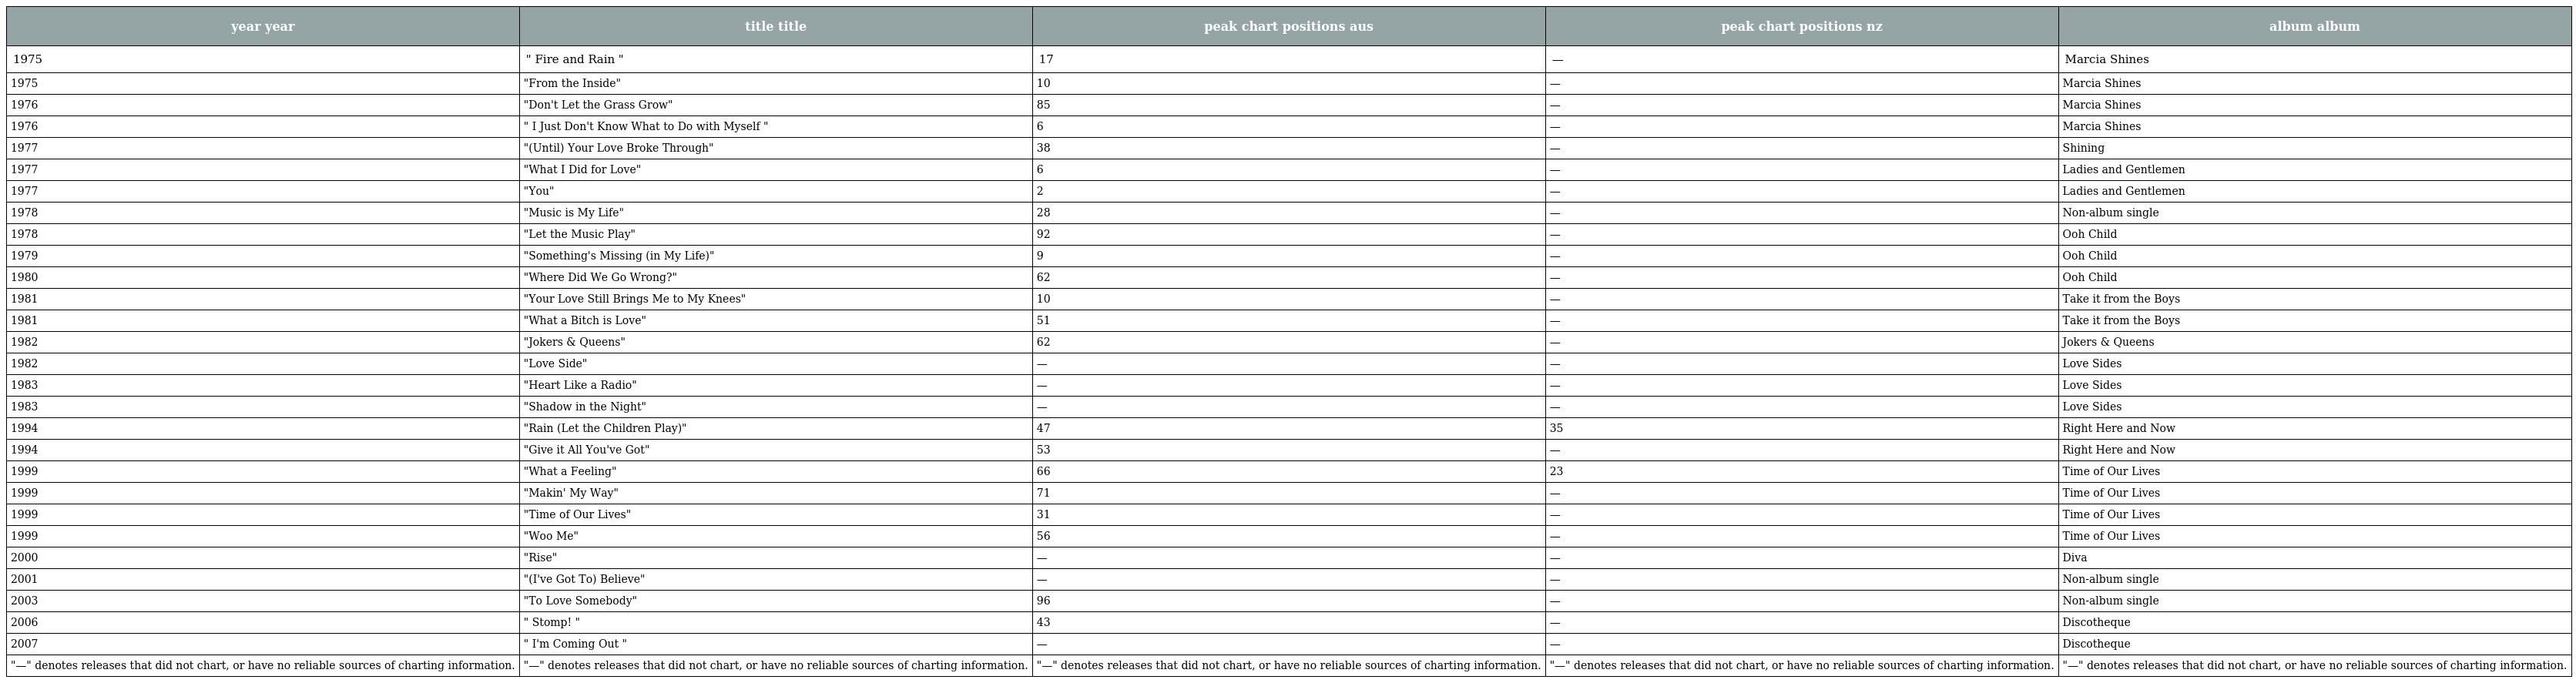
| year year | title title | peak chart positions aus | peak chart positions nz | album album |
 | --- | --- | --- | --- | --- |
 | 1975 | " Fire and Rain " | 17 | — | Marcia Shines |
 | 1975 | "From the Inside" | 10 | — | Marcia Shines |
 | 1976 | "Don't Let the Grass Grow" | 85 | — | Marcia Shines |
 | 1976 | " I Just Don't Know What to Do with Myself " | 6 | — | Marcia Shines |
 | 1977 | "(Until) Your Love Broke Through" | 38 | — | Shining |
 | 1977 | "What I Did for Love" | 6 | — | Ladies and Gentlemen |
 | 1977 | "You" | 2 | — | Ladies and Gentlemen |
 | 1978 | "Music is My Life" | 28 | — | Non-album single |
 | 1978 | "Let the Music Play" | 92 | — | Ooh Child |
 | 1979 | "Something's Missing (in My Life)" | 9 | — | Ooh Child |
 | 1980 | "Where Did We Go Wrong?" | 62 | — | Ooh Child |
 | 1981 | "Your Love Still Brings Me to My Knees" | 10 | — | Take it from the Boys |
 | 1981 | "What a Bitch is Love" | 51 | — | Take it from the Boys |
 | 1982 | "Jokers & Queens" | 62 | — | Jokers & Queens |
 | 1982 | "Love Side" | — | — | Love Sides |
 | 1983 | "Heart Like a Radio" | — | — | Love Sides |
 | 1983 | "Shadow in the Night" | — | — | Love Sides |
 | 1994 | "Rain (Let the Children Play)" | 47 | 35 | Right Here and Now |
 | 1994 | "Give it All You've Got" | 53 | — | Right Here and Now |
 | 1999 | "What a Feeling" | 66 | 23 | Time of Our Lives |
 | 1999 | "Makin' My Way" | 71 | — | Time of Our Lives |
 | 1999 | "Time of Our Lives" | 31 | — | Time of Our Lives |
 | 1999 | "Woo Me" | 56 | — | Time of Our Lives |
 | 2000 | "Rise" | — | — | Diva |
 | 2001 | "(I've Got To) Believe" | — | — | Non-album single |
 | 2003 | "To Love Somebody" | 96 | — | Non-album single |
 | 2006 | " Stomp! " | 43 | — | Discotheque |
 | 2007 | " I'm Coming Out " | — | — | Discotheque |
 | "—" denotes releases that did not chart, or have no reliable sources of charting information. | "—" denotes releases that did not chart, or have no reliable sources of charting information. | "—" denotes releases that did not chart, or have no reliable sources of charting information. | "—" denotes releases that did not chart, or have no reliable sources of charting information. | "—" denotes releases that did not chart, or have no reliable sources of charting information. |